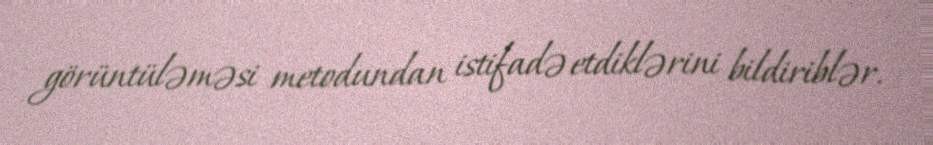
görüntüləməsi metodundan istifadə etdiklərini bildiriblər.